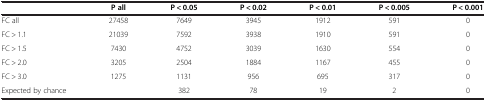
|  | P all | P < 0.05 | P < 0.02 | P < 0.01 | P < 0.005 | P < 0.001 |
 | --- | --- | --- | --- | --- | --- | --- |
 | FC all | 27458 | 7649 | 3945 | 1912 | 591 | 0 |
 | FC > 1.1 | 21039 | 7592 | 3938 | 1910 | 591 | 0 |
 | FC > 1.5 | 7430 | 4752 | 3039 | 1630 | 554 | 0 |
 | FC > 2.0 | 3205 | 2504 | 1884 | 1167 | 455 | 0 |
 | FC > 3.0 | 1275 | 1131 | 956 | 695 | 317 | 0 |
 | Expected by chance |  | 382 | 78 | 19 | 2 | 0 |